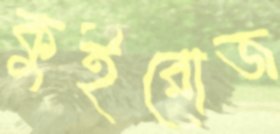
কুইরোজ